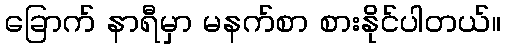
ခြောက် နာရီမှာ မနက်စာ စားနိုင်ပါတယ်။